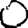
Digit: 0